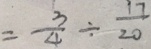
= \frac { 3 } { 4 } \div \frac { 1 7 } { 2 0 }